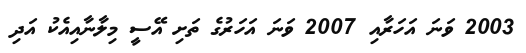
2003 ވަނަ އަހަރާއި 2007 ވަނަ އަހަރުގެ ތަށި އޭސީ މިލާނާއިއެކު އަދި